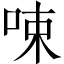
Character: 𠲿